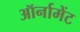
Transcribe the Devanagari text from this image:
ऑर्नामेंट